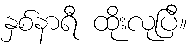
နှစ်နာရီ ထိုးလုပြီ။